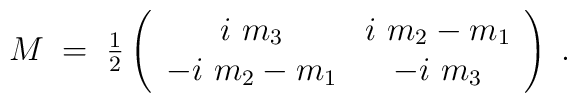
M \;=\; \textstyle{\frac{1}{2}}\left(            \begin{array}{cc}               i\ m_{3} & i\ m_{2} -m_{1} \\               -i\ m_{2}-m_{1} & -i\ m_{3}            \end{array}          \right) \; .